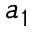
a _ { 1 }